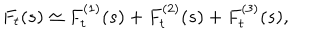
LaTeX: F _ { t } ( s ) \simeq F _ { t } ^ { ( 1 ) } ( s ) + F _ { t } ^ { ( 2 ) } ( s ) + F _ { t } ^ { ( 3 ) } ( s ) ,